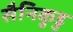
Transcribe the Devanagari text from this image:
सैनिकुडु